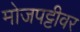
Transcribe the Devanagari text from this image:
मोजपट्टीवर